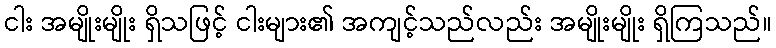
ငါး အမျိုးမျိုး ရှိသဖြင့် ငါးများ၏ အကျင့်သည်လည်း အမျိုးမျိုး ရှိကြသည်။